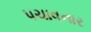
પચાવનાર